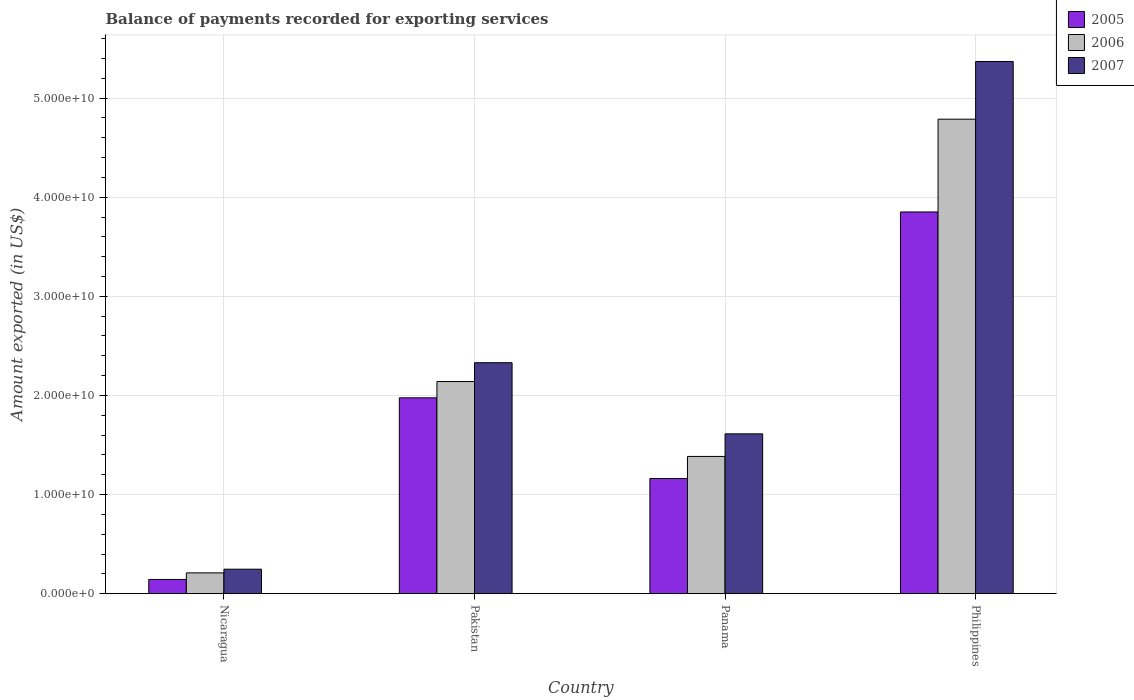
| Country | 2005 | 2006 | 2007 |
 | --- | --- | --- | --- |
 | Nicaragua | 1.43e+09 | 2.1e+09 | 2.47e+09 |
 | Pakistan | 1.98e+10 | 2.14e+10 | 2.33e+10 |
 | Panama | 1.16e+10 | 1.38e+10 | 1.61e+10 |
 | Philippines | 3.85e+10 | 4.79e+10 | 5.37e+10 |